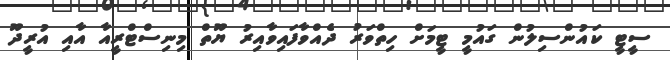
ސީޓީ ކައުންސިލުން ގައުމީ ޓީމަށް ހިތްވަރު ދެއްވާފައިވާއިރު ޔޫތް މިނިސްޓްރީއާ އާއި އުރީދޫ